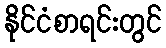
နိုင်ငံစာရင်းတွင်